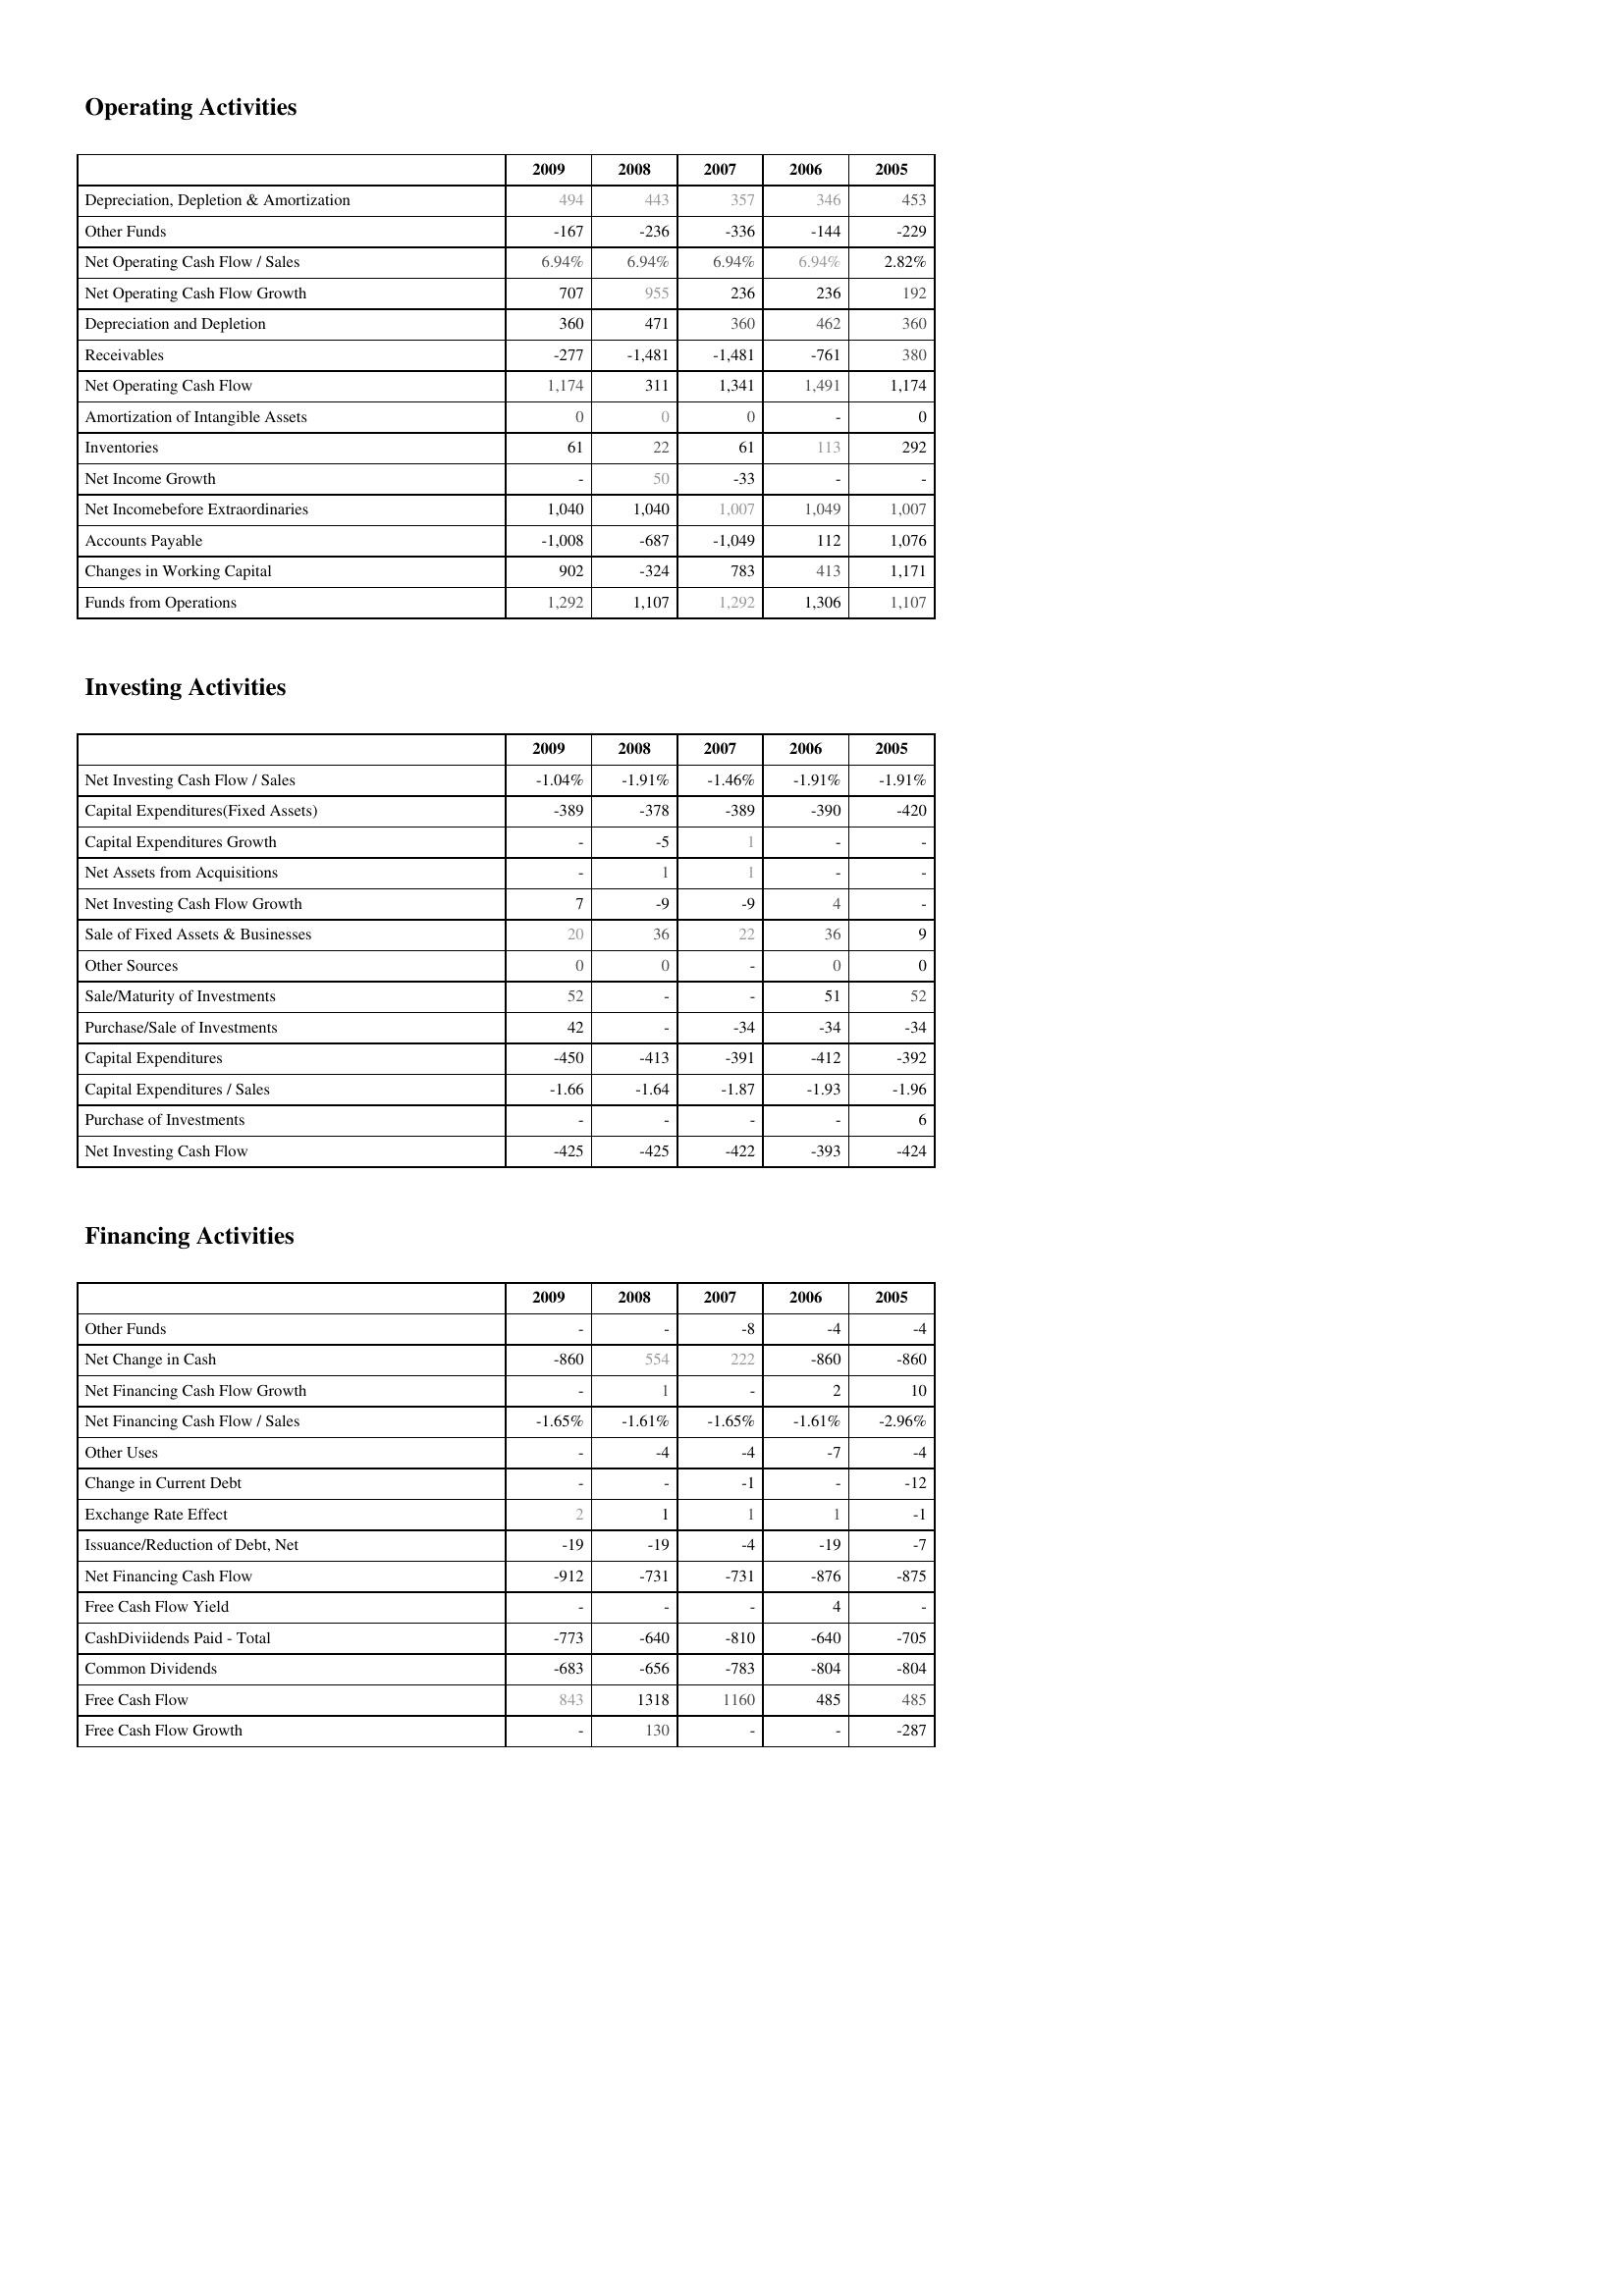
2009: Operating Activities: Depreciation, Depletion & Amortization: 494
Other Funds: -167
Net Operating Cash Flow / Sales: 6.94%
Net Operating Cash Flow Growth: 707
Depreciation and Depletion: 360
Receivables: -277
Net Operating Cash Flow: 1,174
Amortization of Intangible Assets: 0
Inventories: 61
Net Income Growth: -
Net Incomebefore Extraordinaries: 1,040
Accounts Payable: -1,008
Changes in Working Capital: 902
Funds from Operations: 1,292
Investing Activities: Net Investing Cash Flow / Sales: -1.04%
Capital Expenditures(Fixed Assets): -389
Capital Expenditures Growth: -
Net Assets from Acquisitions: -
Net Investing Cash Flow Growth: 7
Sale of Fixed Assets & Businesses: 20
Other Sources: 0
Sale/Maturity of Investments: 52
Purchase/Sale of Investments: 42
Capital Expenditures: -450
Capital Expenditures / Sales: -1.66
Purchase of Investments: -
Net Investing Cash Flow: -425
Financing Activities: Other Funds: -
Net Change in Cash: -860
Net Financing Cash Flow Growth: -
Net Financing Cash Flow / Sales: -1.65%
Other Uses: -
Change in Current Debt: -
Exchange Rate Effect: 2
Issuance/Reduction of Debt, Net: -19
Net Financing Cash Flow: -912
Free Cash Flow Yield: -
CashDiviidends Paid - Total: -773
Common Dividends: -683
Free Cash Flow: 843
Free Cash Flow Growth: -
2008: Operating Activities: Depreciation, Depletion & Amortization: 443
Other Funds: -236
Net Operating Cash Flow / Sales: 6.94%
Net Operating Cash Flow Growth: 955
Depreciation and Depletion: 471
Receivables: -1,481
Net Operating Cash Flow: 311
Amortization of Intangible Assets: 0
Inventories: 22
Net Income Growth: 50
Net Incomebefore Extraordinaries: 1,040
Accounts Payable: -687
Changes in Working Capital: -324
Funds from Operations: 1,107
Investing Activities: Net Investing Cash Flow / Sales: -1.91%
Capital Expenditures(Fixed Assets): -378
Capital Expenditures Growth: -5
Net Assets from Acquisitions: 1
Net Investing Cash Flow Growth: -9
Sale of Fixed Assets & Businesses: 36
Other Sources: 0
Sale/Maturity of Investments: -
Purchase/Sale of Investments: -
Capital Expenditures: -413
Capital Expenditures / Sales: -1.64
Purchase of Investments: -
Net Investing Cash Flow: -425
Financing Activities: Other Funds: -
Net Change in Cash: 554
Net Financing Cash Flow Growth: 1
Net Financing Cash Flow / Sales: -1.61%
Other Uses: -4
Change in Current Debt: -
Exchange Rate Effect: 1
Issuance/Reduction of Debt, Net: -19
Net Financing Cash Flow: -731
Free Cash Flow Yield: -
CashDiviidends Paid - Total: -640
Common Dividends: -656
Free Cash Flow: 1318
Free Cash Flow Growth: 130
2007: Operating Activities: Depreciation, Depletion & Amortization: 357
Other Funds: -336
Net Operating Cash Flow / Sales: 6.94%
Net Operating Cash Flow Growth: 236
Depreciation and Depletion: 360
Receivables: -1,481
Net Operating Cash Flow: 1,341
Amortization of Intangible Assets: 0
Inventories: 61
Net Income Growth: -33
Net Incomebefore Extraordinaries: 1,007
Accounts Payable: -1,049
Changes in Working Capital: 783
Funds from Operations: 1,292
Investing Activities: Net Investing Cash Flow / Sales: -1.46%
Capital Expenditures(Fixed Assets): -389
Capital Expenditures Growth: 1
Net Assets from Acquisitions: 1
Net Investing Cash Flow Growth: -9
Sale of Fixed Assets & Businesses: 22
Other Sources: -
Sale/Maturity of Investments: -
Purchase/Sale of Investments: -34
Capital Expenditures: -391
Capital Expenditures / Sales: -1.87
Purchase of Investments: -
Net Investing Cash Flow: -422
Financing Activities: Other Funds: -8
Net Change in Cash: 222
Net Financing Cash Flow Growth: -
Net Financing Cash Flow / Sales: -1.65%
Other Uses: -4
Change in Current Debt: -1
Exchange Rate Effect: 1
Issuance/Reduction of Debt, Net: -4
Net Financing Cash Flow: -731
Free Cash Flow Yield: -
CashDiviidends Paid - Total: -810
Common Dividends: -783
Free Cash Flow: 1160
Free Cash Flow Growth: -
2006: Operating Activities: Depreciation, Depletion & Amortization: 346
Other Funds: -144
Net Operating Cash Flow / Sales: 6.94%
Net Operating Cash Flow Growth: 236
Depreciation and Depletion: 462
Receivables: -761
Net Operating Cash Flow: 1,491
Amortization of Intangible Assets: -
Inventories: 113
Net Income Growth: -
Net Incomebefore Extraordinaries: 1,049
Accounts Payable: 112
Changes in Working Capital: 413
Funds from Operations: 1,306
Investing Activities: Net Investing Cash Flow / Sales: -1.91%
Capital Expenditures(Fixed Assets): -390
Capital Expenditures Growth: -
Net Assets from Acquisitions: -
Net Investing Cash Flow Growth: 4
Sale of Fixed Assets & Businesses: 36
Other Sources: 0
Sale/Maturity of Investments: 51
Purchase/Sale of Investments: -34
Capital Expenditures: -412
Capital Expenditures / Sales: -1.93
Purchase of Investments: -
Net Investing Cash Flow: -393
Financing Activities: Other Funds: -4
Net Change in Cash: -860
Net Financing Cash Flow Growth: 2
Net Financing Cash Flow / Sales: -1.61%
Other Uses: -7
Change in Current Debt: -
Exchange Rate Effect: 1
Issuance/Reduction of Debt, Net: -19
Net Financing Cash Flow: -876
Free Cash Flow Yield: 4
CashDiviidends Paid - Total: -640
Common Dividends: -804
Free Cash Flow: 485
Free Cash Flow Growth: -
2005: Operating Activities: Depreciation, Depletion & Amortization: 453
Other Funds: -229
Net Operating Cash Flow / Sales: 2.82%
Net Operating Cash Flow Growth: 192
Depreciation and Depletion: 360
Receivables: 380
Net Operating Cash Flow: 1,174
Amortization of Intangible Assets: 0
Inventories: 292
Net Income Growth: -
Net Incomebefore Extraordinaries: 1,007
Accounts Payable: 1,076
Changes in Working Capital: 1,171
Funds from Operations: 1,107
Investing Activities: Net Investing Cash Flow / Sales: -1.91%
Capital Expenditures(Fixed Assets): -420
Capital Expenditures Growth: -
Net Assets from Acquisitions: -
Net Investing Cash Flow Growth: -
Sale of Fixed Assets & Businesses: 9
Other Sources: 0
Sale/Maturity of Investments: 52
Purchase/Sale of Investments: -34
Capital Expenditures: -392
Capital Expenditures / Sales: -1.96
Purchase of Investments: 6
Net Investing Cash Flow: -424
Financing Activities: Other Funds: -4
Net Change in Cash: -860
Net Financing Cash Flow Growth: 10
Net Financing Cash Flow / Sales: -2.96%
Other Uses: -4
Change in Current Debt: -12
Exchange Rate Effect: -1
Issuance/Reduction of Debt, Net: -7
Net Financing Cash Flow: -875
Free Cash Flow Yield: -
CashDiviidends Paid - Total: -705
Common Dividends: -804
Free Cash Flow: 485
Free Cash Flow Growth: -287